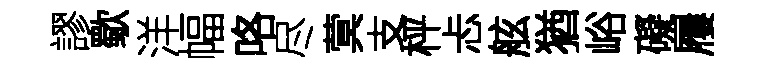
謬歜洋幅咯尽蓂支枰忐舷猶峪礙屨